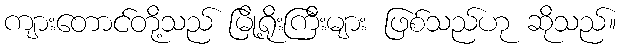
ကျားတောင်တို့သည် မြို့ရိုးကြီးများ ဖြစ်သည်ဟု ဆိုသည်။